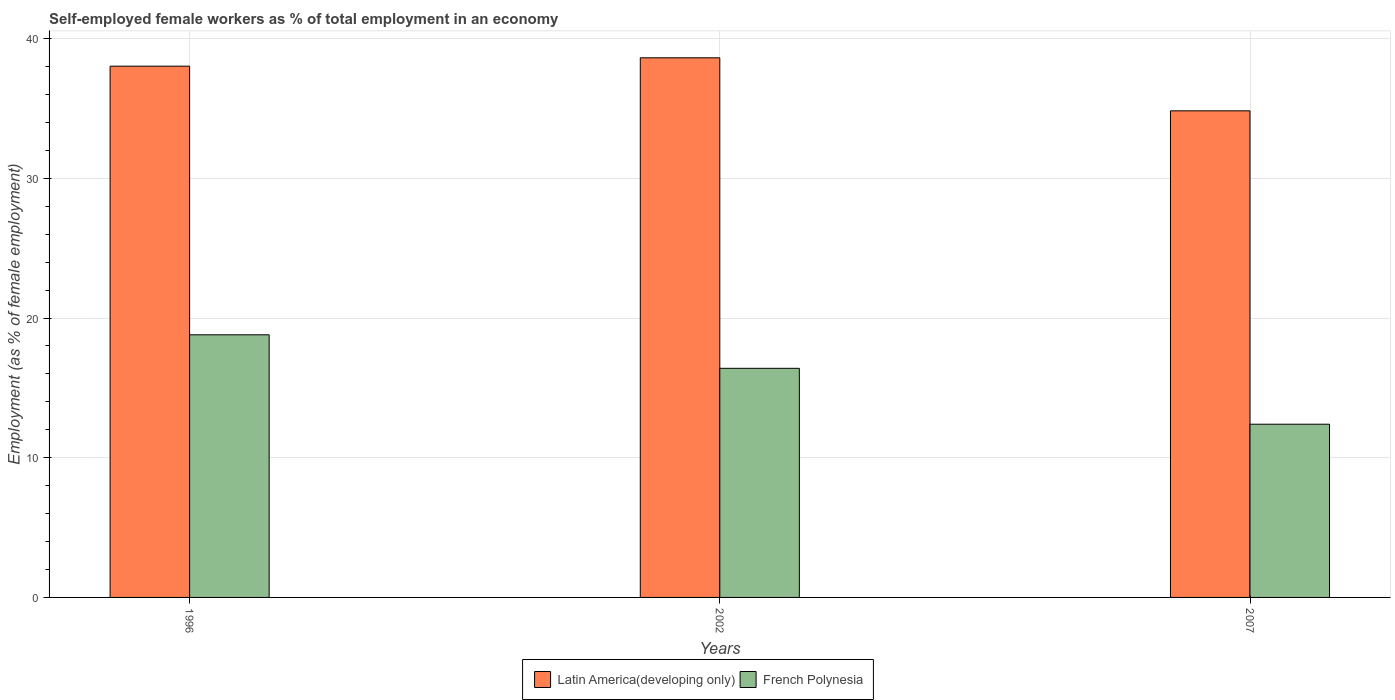
| Years | Latin America(developing only) | French Polynesia |
 | --- | --- | --- |
 | 1996 | 38 | 18.8 |
 | 2002 | 38.6 | 16.4 |
 | 2007 | 34.8 | 12.4 |